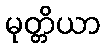
မုတ္တိယာ